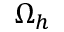
\Omega _ { h }